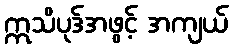
ဣသိပုဒ်အဖွင့် အကျယ်